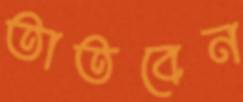
তাতবেন